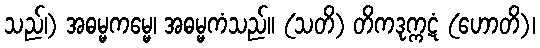
သည်၊) အဓမ္မကမ္မေ၊ အဓမ္မကံသည်။ (သတိ) တိကဒုက္ကဋံ (ဟောတိ)၊